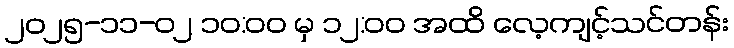
၂၀၂၅-၁၁-၀၂ ၁၀:၀၀ မှ ၁၂:၀၀ အထိ လေ့ကျင့်သင်တန်း